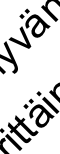
tt ä